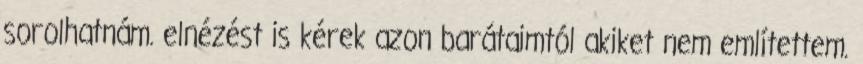
sorolhatnám. elnézést is kérek azon barátaimtól akiket nem említettem.